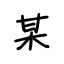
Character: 某